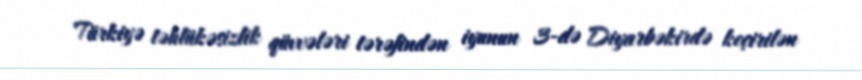
Türkiyə təhlükəsizlik qüvvələri tərəfindən iyunun 3-də Diyarbəkirdə keçirilən